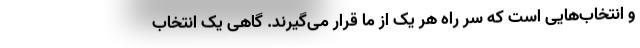
و انتخاب‌هایی است که سر راه هر یک از ما قرار می‌گیرند. گاهی یک انتخاب